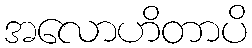
အလောဟိတာပိ